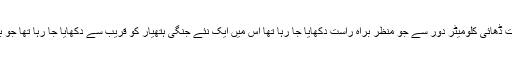
سکرین پر اس وقت ڈھائی کلومیٹر دور سے جو منظر براہ راست دکھایا جا رہا تھا اس میں ایک نئے جنگی ہتھیار کو قریب سے دکھایا جا رہا تھا جو بس اڑنے والا تھا۔